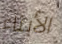
الأبناء